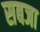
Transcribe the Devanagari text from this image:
सबजा